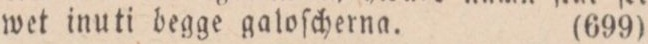
wet inuti begge galoſcherna.    (699)